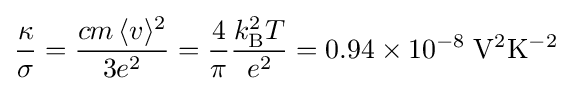
{\frac {\kappa }{\sigma }}={\frac {cm\,\langle {v}\rangle ^{2}}{3e^{2}}}={\frac {4}{\pi }}{\frac {k_{\rm {B}}^{2}T}{e^{2}}}=0.94\times 10^{-8}\;\mathrm {V} ^{2}\mathrm {K} ^{-2}